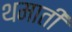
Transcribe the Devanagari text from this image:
थमाती